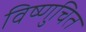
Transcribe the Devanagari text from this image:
विष्णुचित